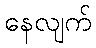
နေလျက်